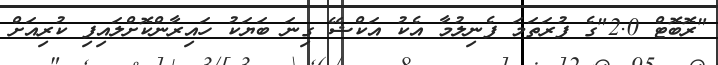
"ރޮބޮޓް 2.0"ގެ ފުރަތަމަ ފެނިލުމާ އެކު އަކްޝޭ ގިނަ ބަޔަކު ހައިރާންކޮށްލައިފި ކުރިއަށް